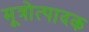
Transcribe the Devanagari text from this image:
मूत्रोत्पादक